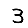
Digit: 3